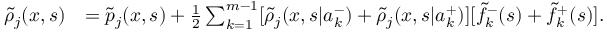
\begin{array} { r l } { \widetilde { \rho } _ { j } ( x , s ) } & { = \widetilde { p } _ { j } ( x , s ) + \frac { 1 } { 2 } \sum _ { k = 1 } ^ { m - 1 } [ \widetilde { \rho } _ { j } ( x , s | a _ { k } ^ { - } ) + \widetilde { \rho } _ { j } ( x , s | a _ { k } ^ { + } ) ] [ \widetilde { f } _ { k } ^ { - } ( s ) + \widetilde { f } _ { k } ^ { + } ( s ) ] . } \end{array}